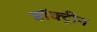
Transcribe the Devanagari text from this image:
डॉक्ट्रीन